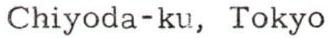
Chiyoda-ku, Tokyo